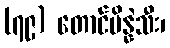
(၇၉) တောင်ပိန္နဲသီး၊